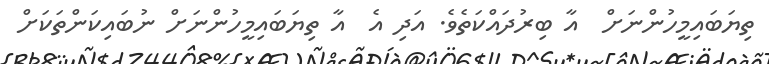
ތިޔަބައިމީހުންނަށް  އާ ބިރުދައްކަތެވެ. އަދި އެ  އާ ތިޔަބައިމީހުންނަށް ނުބައިކަންތަކަށް